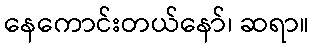
နေကောင်းတယ်နော်၊ ဆရာ။